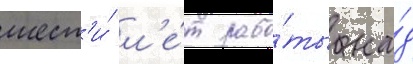
шест'и́ л'е́т рабо́ты на́д